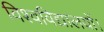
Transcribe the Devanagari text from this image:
विश्वविद्यालयों।